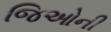
જિઓની